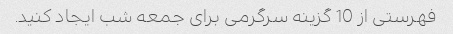
فهرستی از 10 گزینه سرگرمی برای جمعه شب ایجاد کنید.